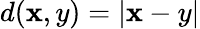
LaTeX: d(\mathbf{x},y)=\vert\mathbf{x}-y\vert